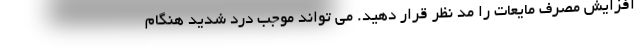
افزایش مصرف مایعات را مد نظر قرار دهید. می تواند موجب درد شدید هنگام